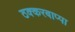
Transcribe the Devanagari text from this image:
ठक्करबाप्पा